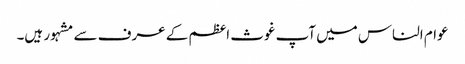
عوام الناس میں آپ غوث اعظم کے عرف سے مشہور ہیں۔